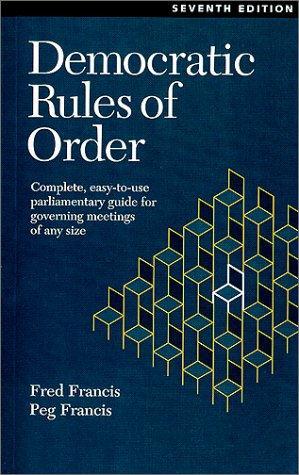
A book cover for Democratic Rules of Order : Complete, Easy-To-Use Parliamentary Guide for Governing Meetings of Any Size; Fred Francis; Reference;